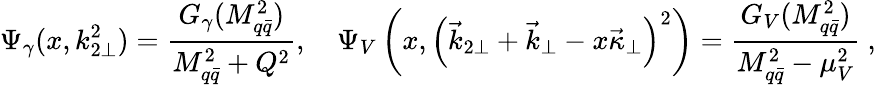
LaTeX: \Psi_{\gamma}(x,k_{2\perp}^{2})=\frac{G_{\gamma}(M_{q\bar{q}}^{2})}{M_{q\bar{q}}^{2}+Q^{2}},\quad\Psi_{V}\left(x,\left(\vec{k}_{2\perp}+\vec{k}_{\perp}-x\vec{\kappa}_{\perp}\right)^{2}\right)=\frac{G_{V}(M_{q\bar{q}}^{2})}{M_{q\bar{q}}^{2}-\mu_{V}^{2}}\ ,